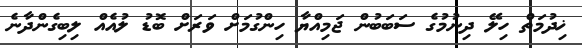
ޚިދުމަތް ހިލޭ ދިނުމުގެ ސަބަބުން ޖަމިއްޔާ ހިންގުމަށް ވަރަށް ބޮޑު ލުއެއް ލިބިގެންދާނެ